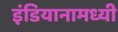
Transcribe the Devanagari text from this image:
इंडियानामध्यी